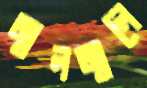
জ্বলজ্বলে